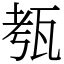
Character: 㼥